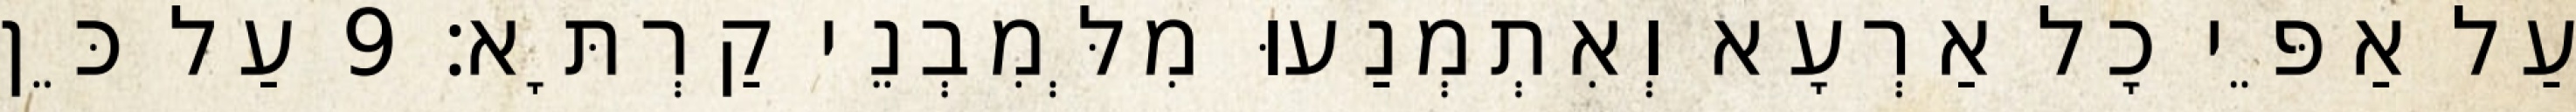
עַל אַפֵּי כָל אַרְעָא וְאִתְמְנַעוּ מִלְּמִבְנֵי קַרְתָּא׃ 9 עַל כֵּן